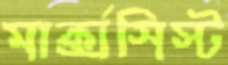
মার্ক্সসিস্ট